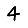
Digit: 4